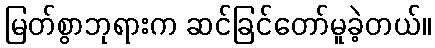
မြတ်စွာဘုရားက ဆင်ခြင်တော်မူခဲ့တယ်။